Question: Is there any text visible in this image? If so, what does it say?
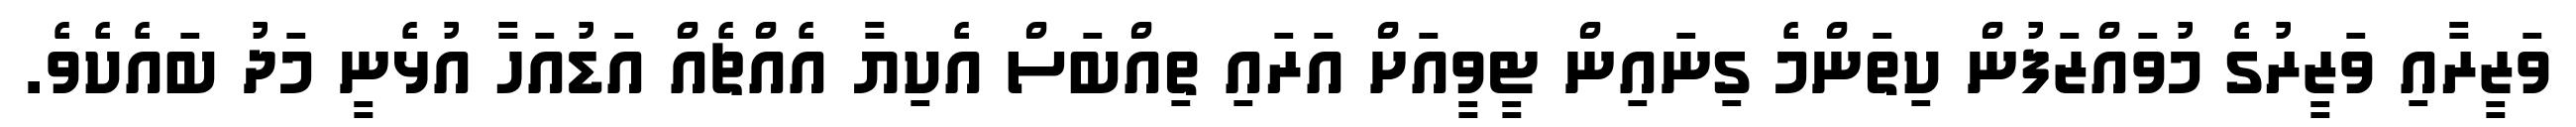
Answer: ވަޒީރާއި ވަޒީރުގެ މުވައްޒަފުން ކިތަންމެ ގިނައިން ޓީވީއަށް އަރައި ތިއްބަސް އެކިޔާ އެއްޗެއް އަޑުއަހާ އުޅެނީ މަދު ބައެކެވެ.